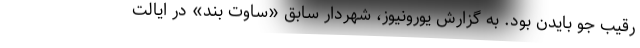
رقیب جو بایدن بود. به گزارش یورونیوز، شهردار سابق «ساوت بند» در ایالت